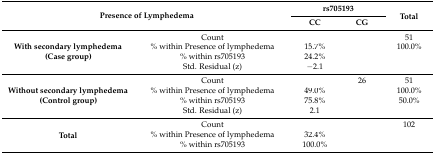
<table><thead><tr><td colspan="2" rowspan="2"><b>Presence of Lymphedema</b></td><td colspan="2"><b>rs705193</b></td><td rowspan="2"><b>Total</b></td></tr><tr><td><b>CC</b></td><td><b>CG</b></td></tr></thead><tbody><tr><td rowspan="4"><b>With secondary lymphedema (Case group)</b></td><td>Count</td><td>[EMPTY_CELL]</td><td>[EMPTY_CELL]</td><td>51</td></tr><tr><td>% within Presence of lymphedema</td><td>15.7%</td><td>[EMPTY_CELL]</td><td>100.0%</td></tr><tr><td>% within rs705193</td><td>24.2%</td><td>[EMPTY_CELL]</td><td>[EMPTY_CELL]</td></tr><tr><td>Std. Residual (z)</td><td>−2.1</td><td>[EMPTY_CELL]</td><td>[EMPTY_CELL]</td></tr><tr><td rowspan="4"><b>Without secondary lymphedema (Control group)</b></td><td>Count</td><td>[EMPTY_CELL]</td><td>26</td><td>51</td></tr><tr><td>% within Presence of lymphedema</td><td>49.0%</td><td>[EMPTY_CELL]</td><td>100.0%</td></tr><tr><td>% within rs705193</td><td>75.8%</td><td>[EMPTY_CELL]</td><td>50.0%</td></tr><tr><td>Std. Residual (z)</td><td>2.1</td><td>[EMPTY_CELL]</td><td>[EMPTY_CELL]</td></tr><tr><td rowspan="3"><b>Total</b></td><td>Count</td><td>[EMPTY_CELL]</td><td>[EMPTY_CELL]</td><td>102</td></tr><tr><td>% within Presence of lymphedema</td><td>32.4%</td><td>[EMPTY_CELL]</td><td>[EMPTY_CELL]</td></tr><tr><td>% within rs705193</td><td>100.0%</td><td>[EMPTY_CELL]</td><td>[EMPTY_CELL]</td></tr></tbody></table>